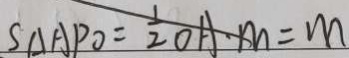
S _ { \Delta } A P O = \frac { 1 } { 2 } O A \cdot m = m